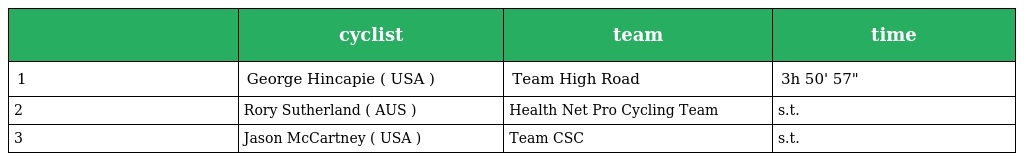
|  | cyclist | team | time |
 | --- | --- | --- | --- |
 | 1 | George Hincapie ( USA ) | Team High Road | 3h 50' 57" |
 | 2 | Rory Sutherland ( AUS ) | Health Net Pro Cycling Team | s.t. |
 | 3 | Jason McCartney ( USA ) | Team CSC | s.t. |